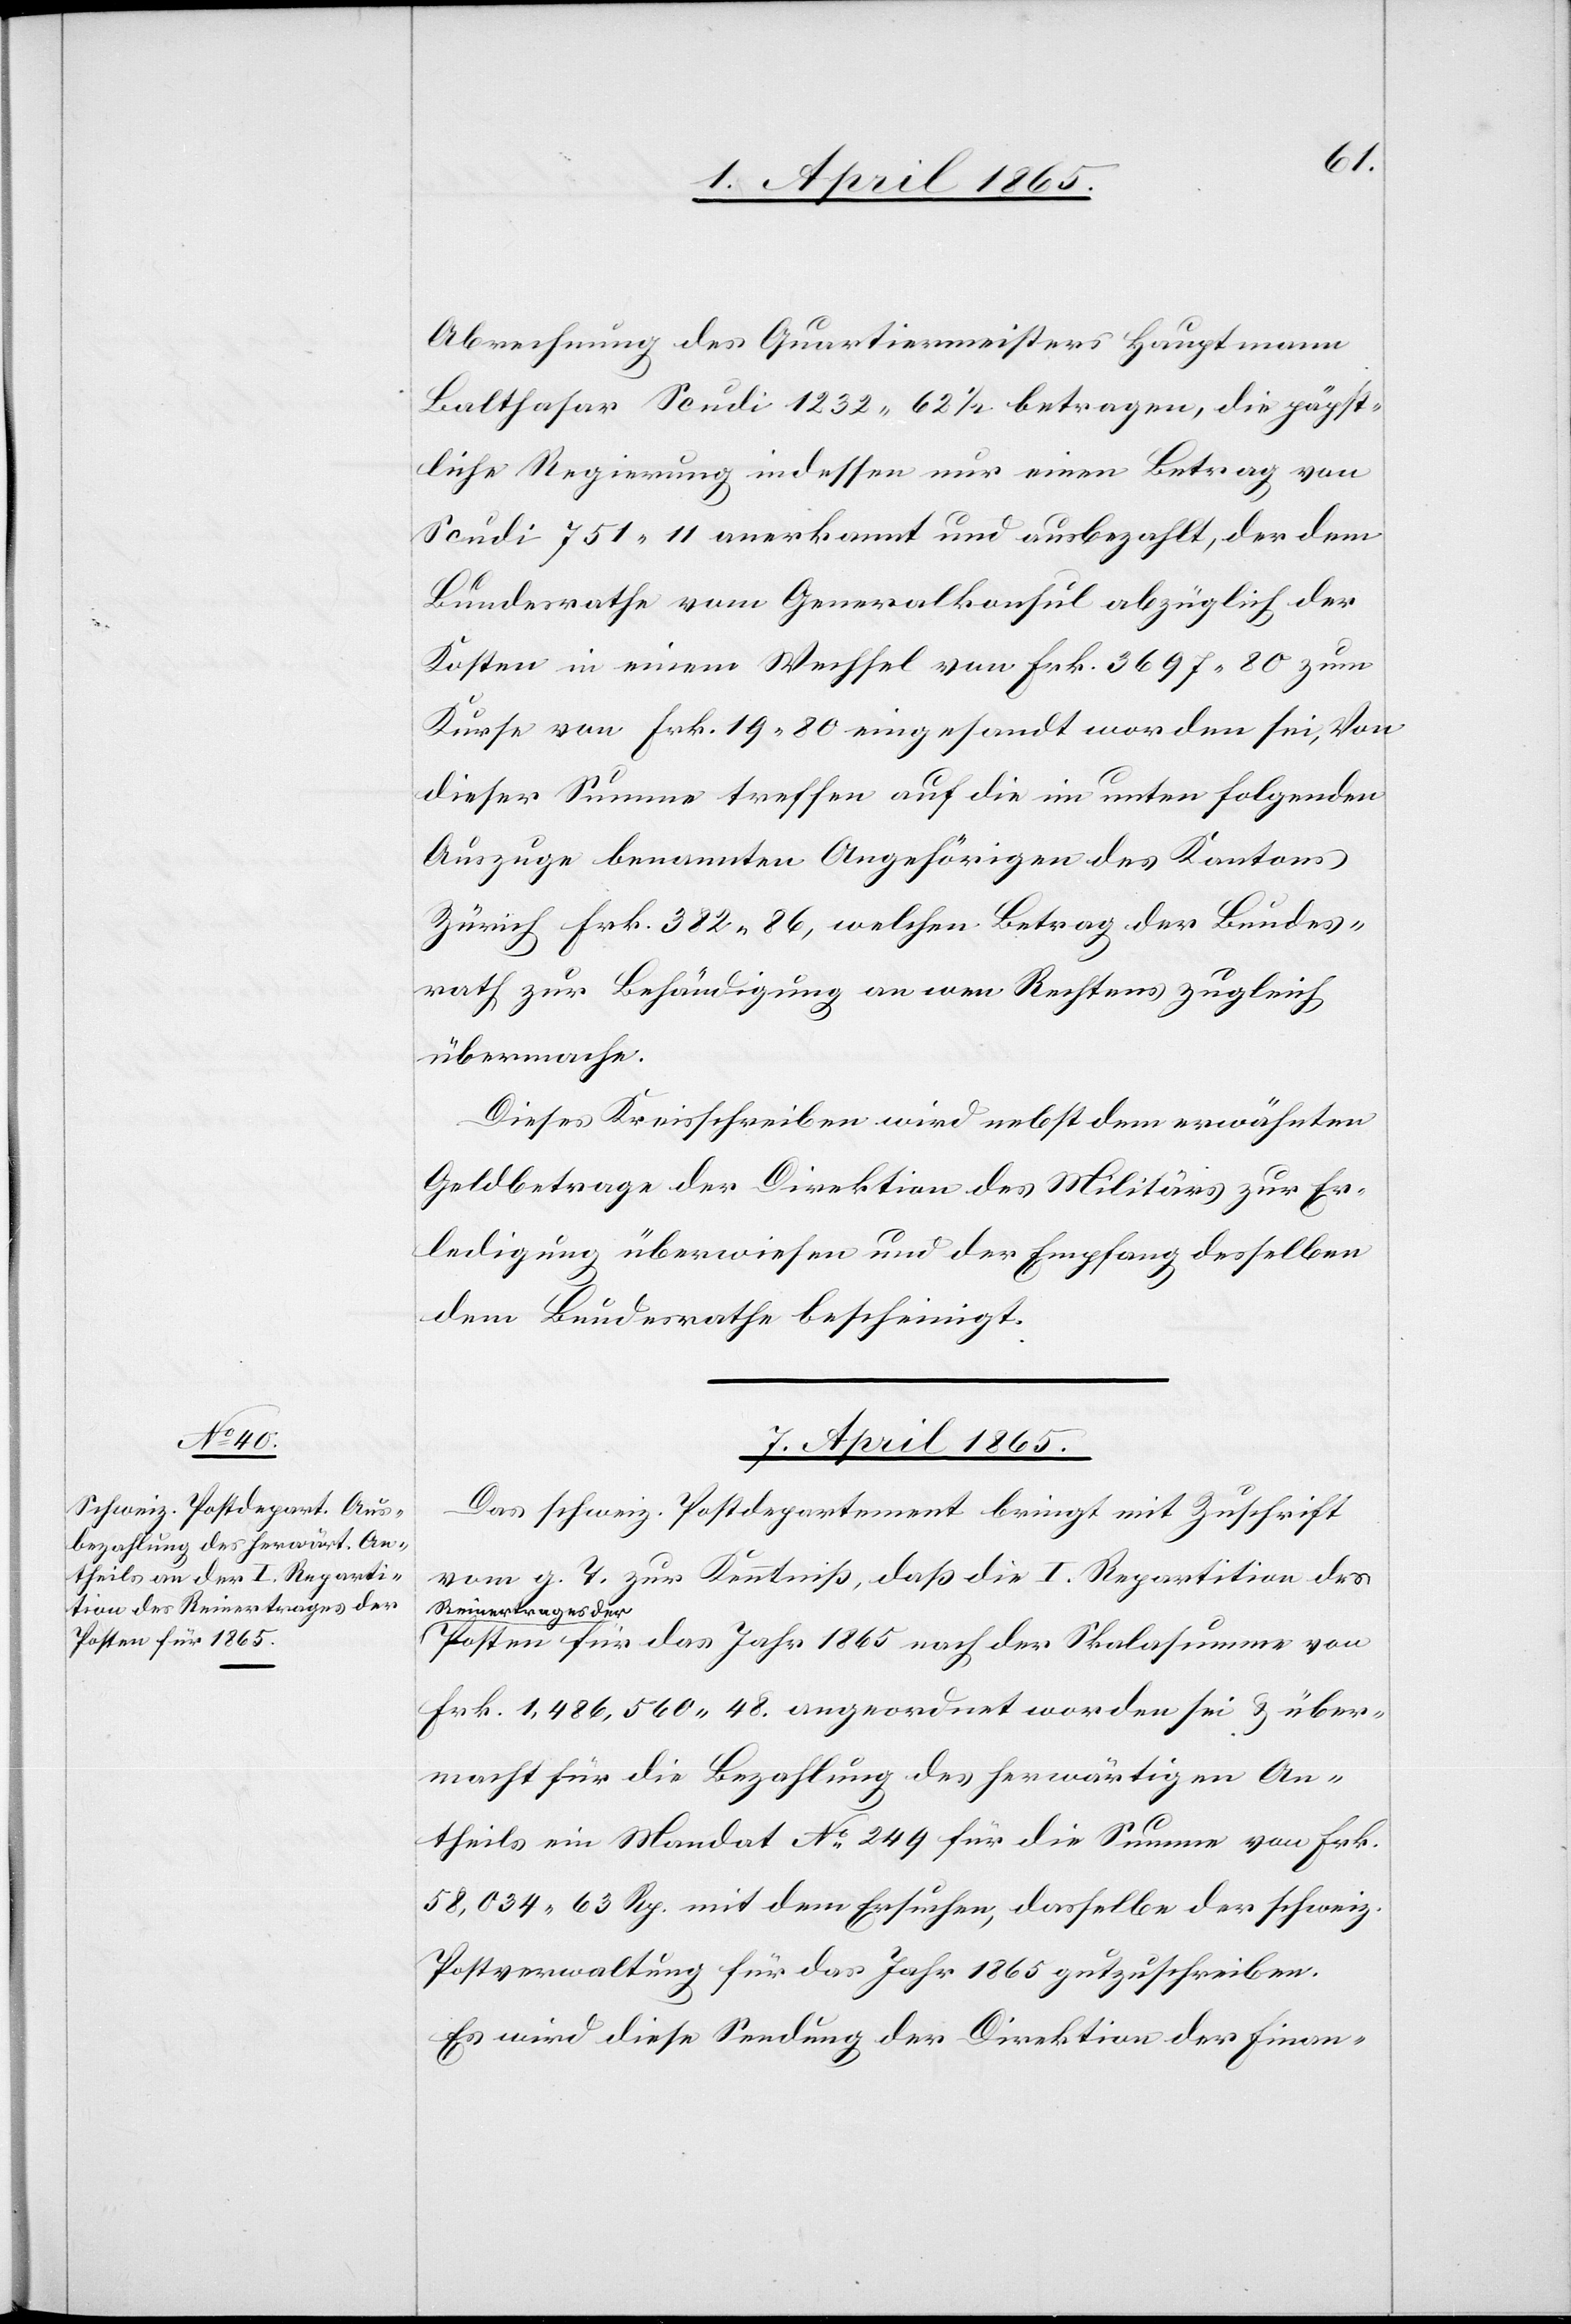
Abrechnung des Quartiermeisters Hauptmann
Balthasar Scudi 1232 62 ½ betragen, die päpst¬
liche Regierung indessen nur einen Betrag von
Scudi 751 11 anerkannt und ausbezahlt, der dem
Bundesrathe vom Generalkonsul abzüglich der
Kosten in einem Wechsel von Frk. 3697.80 zum
Kurse von Frk. 19.80 eingesandt worden sei, Von
dieser Summe treffen auf die im unten folgenden
Auszuge benannten Angehörigen des Kantons
Zürich Frk. 382.86, welchen Betrag der Bundes¬
rath zur Behändigung an wen Rechtens zugleich
übermache.
Dieses Kreisschreiben wird nebst dem erwähnten
Geldbetrage der Direktion des Militärs zur Er¬
ledigung überwiesen und der Empfang desselben
dem Bundesrathe bescheinigt.
7. April 1865.
Das schweiz. Postdepartement bringt mit Zuschrift
vom g. T. zur Kenntniß, daß die I. Repartition des
Reinertrages der
Posten für das Jahr 1865 nach der Skalasumme von
Frk. 1,486,560 48. angeordnet worden sei & über¬
macht für die Bezahlung des herwärtigen An¬
theils ein Mandat No 249 für die Summe von Frk.
58,034 63 Rp. mit dem Ersuchen, dasselbe der schweiz.
Postverwaltung für das Jahr 1865 gutzuschreiben.
Es wird diese Sendung der Direktion der Finan-